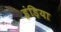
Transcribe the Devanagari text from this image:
इंड़िया